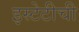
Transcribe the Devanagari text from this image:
इस्टेटीची